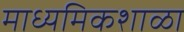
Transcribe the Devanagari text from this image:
माध्यमिकशाळा